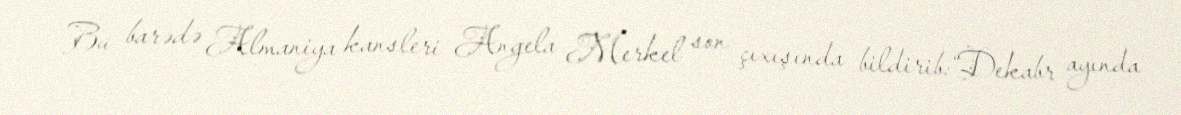
Bu barədə Almaniya kansleri Angela Merkel son çıxışında bildirib:“Dekabr ayında